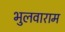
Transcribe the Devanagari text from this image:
भुलवाराम